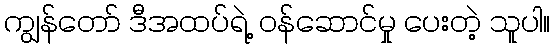
ကျွန်တော် ဒီအထပ်ရဲ့ ဝန်ဆောင်မှု ပေးတဲ့ သူပါ။